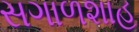
સગાળશાહ